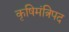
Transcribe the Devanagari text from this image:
कृषिमंत्रिपद